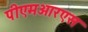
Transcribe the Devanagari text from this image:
पीएमआरएस